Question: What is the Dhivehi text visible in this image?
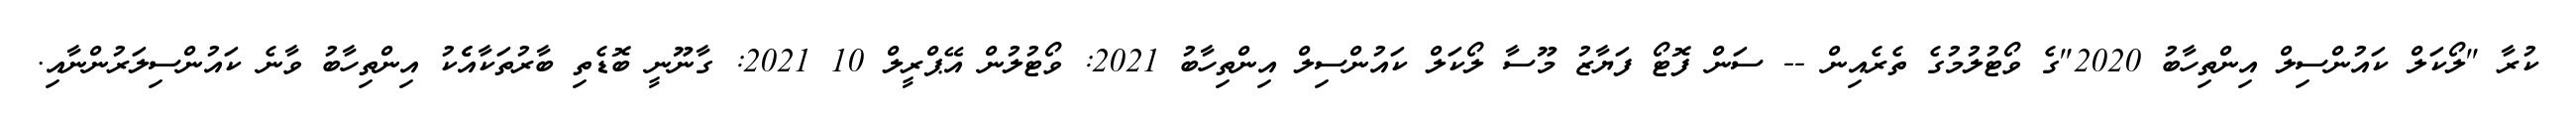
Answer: ކުރާ "ލޯކަލް ކައުންސިލް އިންތިހާބު 2020"ގެ ވޯޓުލުމުގެ ތެރެއިން -- ސަން ފޮޓޯ ފަޔާޒު މޫސާ ލޯކަލް ކައުންސިލް އިންތިހާބު 2021: ވޯޓުލުން އޭޕްރީލް 10 2021: ގާނޫނީ ބޮޑެތި ބާރުތަކާއެެކު އިންތިހާބު ވާނެ ކައުންސިލަރުންނާއި.